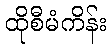
ထိုစီမံကိန်း